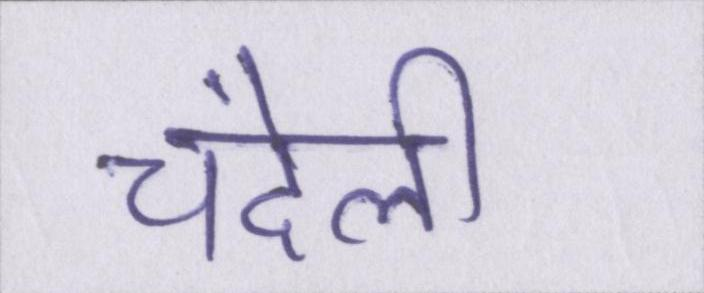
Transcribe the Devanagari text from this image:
चंदेली